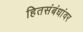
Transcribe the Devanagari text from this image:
हितसंबंधांवर